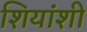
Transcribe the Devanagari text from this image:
शियांशी